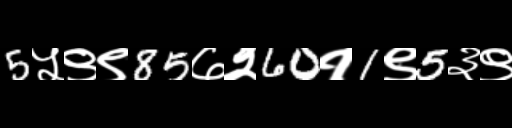
Text: 5५९९85७२60१1९5३९